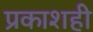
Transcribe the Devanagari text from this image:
प्रकाशही